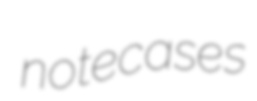
notecases